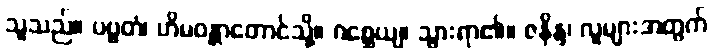
သူသည်။ ပဗ္ဗတံ၊ ဟိမဝန္တာတောင်သို့။ ဂစ္ဆေယျ၊ သွားရာ၏။ ဇနိန္ဒ၊ လူများအတွက်